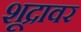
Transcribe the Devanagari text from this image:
शूद्रावर